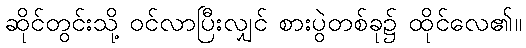
ဆိုင်တွင်းသို့ ဝင်လာပြီးလျှင် စားပွဲတစ်ခု၌ ထိုင်လေ၏။